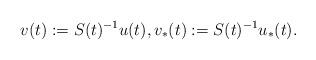
LaTeX: \begin{align*}v(t):=S(t)^{-1}u(t),v_\ast(t):=S(t)^{-1}u_\ast(t).\end{align*}